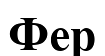
Фер